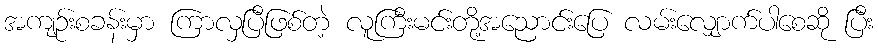
အကျဉ်းစခန်းမှာ ကြာလှပြီဖြစ်တဲ့ လူကြီးမင်းတို့အညောင်းပြေ လမ်းလျှောက်ပါစေဆို ပြီး